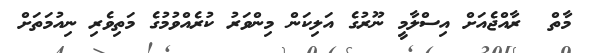
މާތް  ރާއްޖެއަށް އިސްލާމީ ނޫރުގެ އަލިކަން މިންވަރު ކުރެއްވުމުގެ މަތިވެރި ނިއުމަތަށް